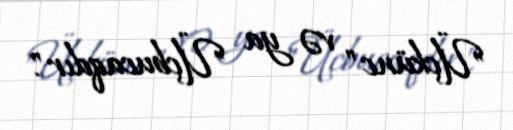
"Üçkünc" və ya "Üçbucaqdır".